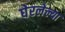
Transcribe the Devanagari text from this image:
घेरलेल्या